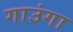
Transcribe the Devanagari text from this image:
गाउंगा